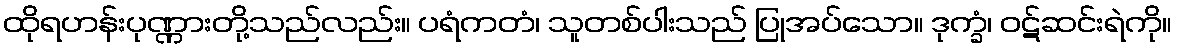
ထိုရဟန်းပုဏ္ဏားတို့သည်လည်း။ ပရံကတံ၊ သူတစ်ပါးသည် ပြုအပ်သော။ ဒုက္ခံ၊ ဝဋ်ဆင်းရဲကို။